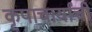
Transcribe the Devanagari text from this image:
कृपाचार्यांची